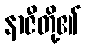
နာဇီတို့၏